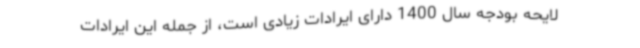
لایحه بودجه سال 1400 دارای ایرادات زیادی است، از جمله این ایرادات